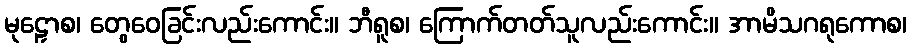
မုဠှောစ၊ တွေဝေခြင်းလည်းကောင်း။ ဘီရူစ၊ ကြောက်တတ်သူလည်းကောင်း။ အာမိသဂရုကောစ၊